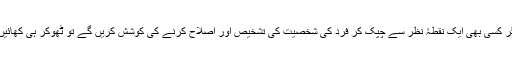
آپ اگر کسی بھی ایک نقطۂ نظر سے چپک کر فرد کی شخصیت کی تشخیص اور اصلاح کرنے کی کوشش کریں گے تو ٹھوکر ہی کھائیں گے۔